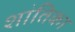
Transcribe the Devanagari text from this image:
शांतिका